画像に写った文字を読んでください
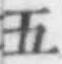
「五」と書いてあります